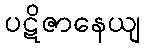
ပဋိဇာနေယျ